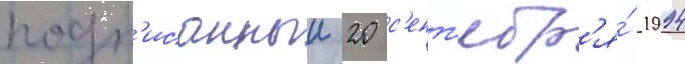
подп'исанныи 20 с'ент'ябр'я́ 1994